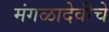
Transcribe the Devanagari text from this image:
मंगळादेवीचे